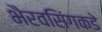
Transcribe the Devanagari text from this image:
भैरवसिंगकडे